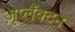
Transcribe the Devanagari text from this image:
ज़ूप्लैंक्टन